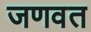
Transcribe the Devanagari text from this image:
जणवत